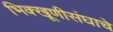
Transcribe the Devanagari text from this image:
भिक्खूणीसंघाचे